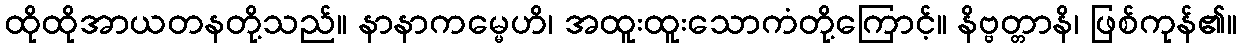
ထိုထိုအာယတနတို့သည်။ နာနာကမ္မေဟိ၊ အထူးထူးသောကံတို့ကြောင့်။ နိဗ္ဗတ္တာနိ၊ ဖြစ်ကုန်၏။